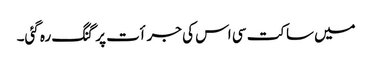
میں ساکت سی اس کی جرأت پر گنگ رہ گئی۔